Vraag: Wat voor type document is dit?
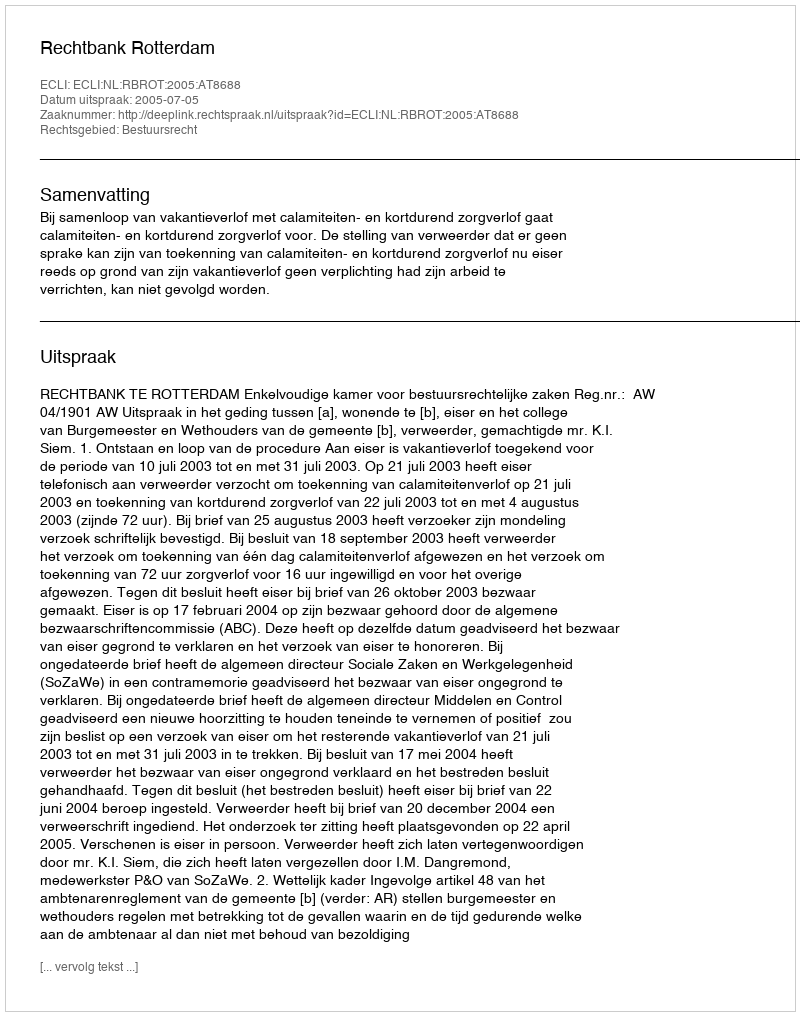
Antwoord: Uitspraak